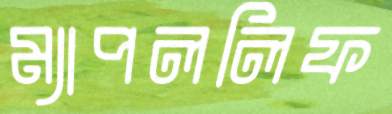
ম্যাপললিফ